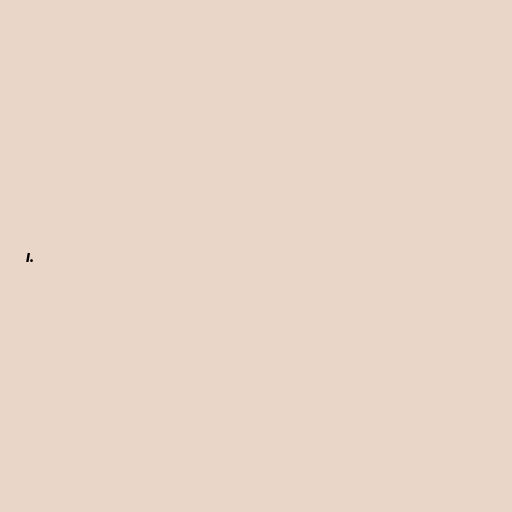
l.